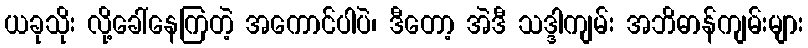
ယခုသိုး လို့ခေါ်နေကြတဲ့ အကောင်ပါပဲ၊ ဒီတော့ အဲဒီ သဒ္ဒါကျမ်း အဘိဓာန်ကျမ်းများ